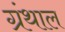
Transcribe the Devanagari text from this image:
ग्रंथाल